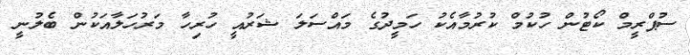
ސުޕްރީމް ކޯޓުން ހުކުމް ކުރުމާއެކު ހަމީދުގެ މައްސަލަ ޝަރުއީ ހުރިހާ މަރުހަލާއަކުން ބެލުނީ